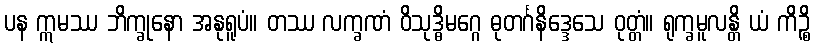
ပန ဣမဿ ဘိက္ခုနော အနုရူပံ။ တဿ လက္ခဏံ ဝိသုဒ္ဓိမဂ္ဂေ ဓုတင်္ဂနိဒ္ဒေသေ ဝုတ္တံ။ ရုက္ခမူလန္တိ ယံ ကိဉ္စိ